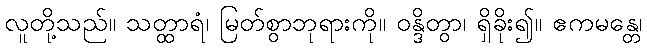
လူတို့သည်။ သတ္ထာရံ၊ မြတ်စွာဘုရားကို။ ဝန္ဒိတွာ၊ ရှိခိုး၍။ ဧကမန္တေ၊